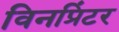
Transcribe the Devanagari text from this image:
विनप्रिंटर